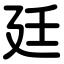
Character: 廷